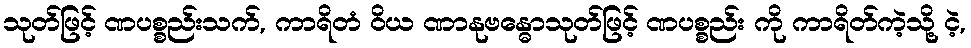
သုတ်ဖြင့် ဏပစ္စည်းသက်, ကာရိတံ ဝိယ ဏာနုဗန္ဓောသုတ်ဖြင့် ဏပစ္စည်း ကို ကာရိတ်ကဲ့သို့ ငဲ့,